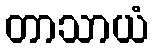
တာသာယံ